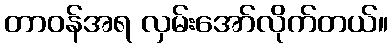
တာဝန်အရ လှမ်းအော်လိုက်တယ်။